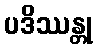
ပဒိဿန္တု